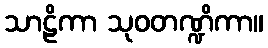
သာဠိကာ သုဝတဏ္ဍိကာ။